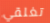
تغلقي